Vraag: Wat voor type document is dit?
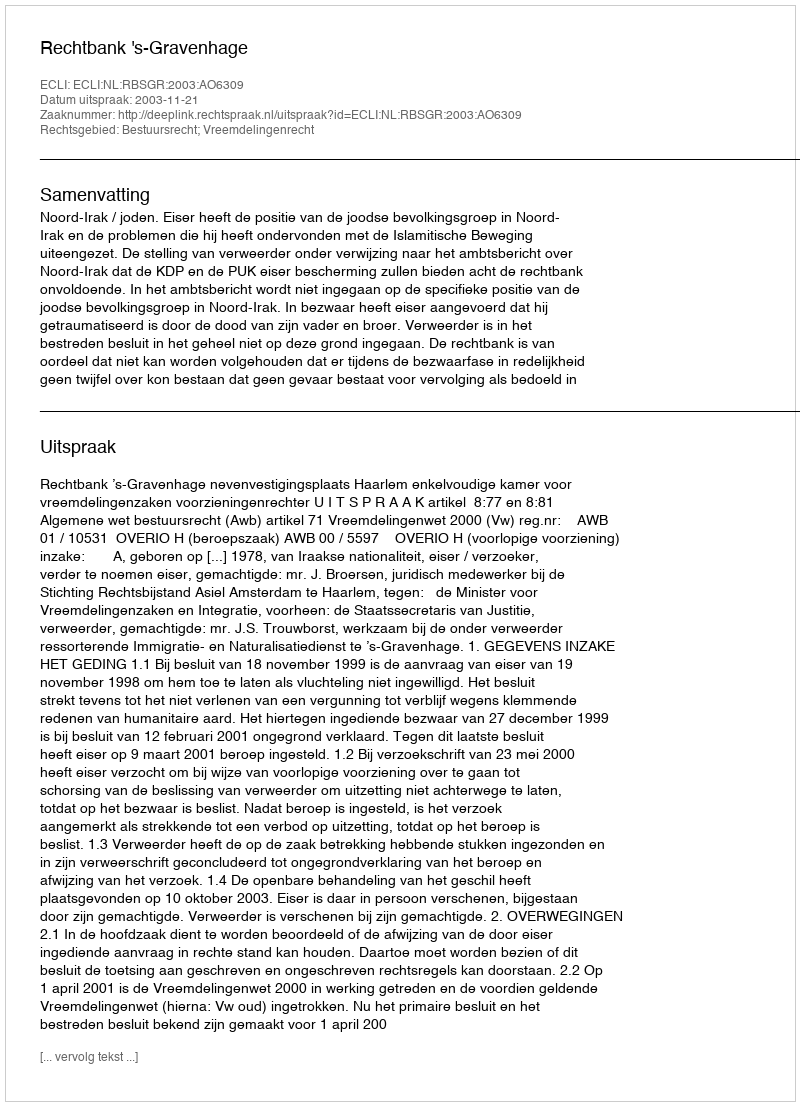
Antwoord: Uitspraak